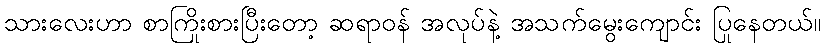
သားလေးဟာ စာကြိုးစားပြီးတော့ ဆရာဝန် အလုပ်နဲ့ အသက်မွေးကျောင်း ပြုနေတယ်။